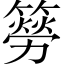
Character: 簩